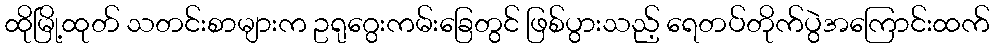
ထိုမြို့ထုတ် သတင်းစာများက ဥရုဂွေးကမ်းခြေတွင် ဖြစ်ပွားသည့် ရေတပ်တိုက်ပွဲအကြောင်းထက်